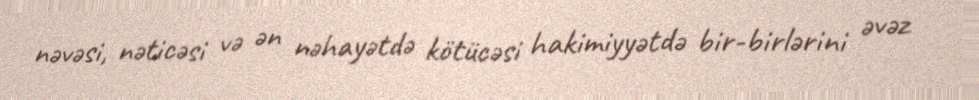
nəvəsi, nəticəsi və ən nəhayətdə kötücəsi hakimiyyətdə bir-birlərini əvəz